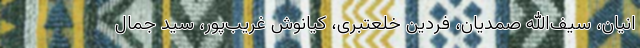
انیان، سیف‌الله صمدیان، فردین خلعتبری، کیانوش غریب‌پور، سید جمال